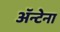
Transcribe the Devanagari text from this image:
ॲन्टेना